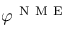
\varphi ^ { \mathrm { ~ N ~ M ~ E ~ } }